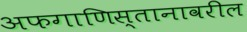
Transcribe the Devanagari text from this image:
अफगाणिस्तानावरील